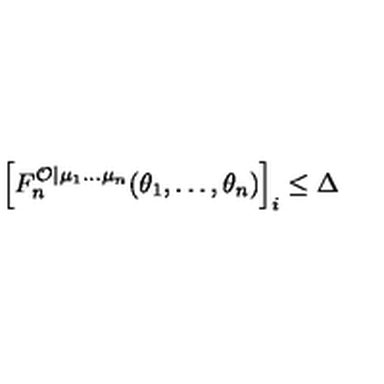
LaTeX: \left[ F _ { n } ^ { \mathcal { O } | \mu _ { 1 } \ldots \mu _ { n } } ( \theta _ { 1 } , \ldots , \theta _ { n } ) \right] _ { i } \leq \Delta